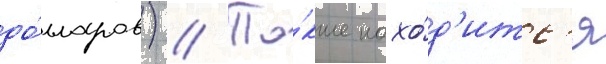
до́лларов) // Та́кже нахо́д'итс'я